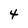
Character: 4